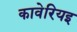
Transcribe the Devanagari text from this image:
कावेरियइ